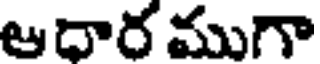
ఆధార ముగా